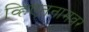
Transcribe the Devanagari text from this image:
व्हिएतनामवर